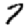
Digit: 7